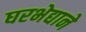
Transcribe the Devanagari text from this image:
घरभेद्याने